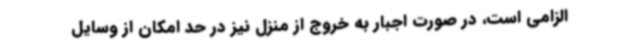
الزامی است، در صورت اجبار به خروج از منزل نیز در حد امکان از وسایل